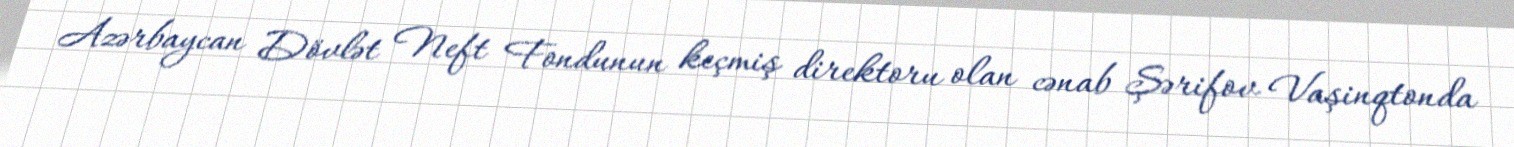
Azərbaycan Dövlət Neft Fondunun keçmiş direktoru olan cənab Şərifov Vaşinqtonda